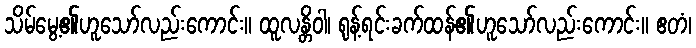
သိမ်မွေ့၏ဟူသော်လည်းကောင်း။ ထူလန္တိဝါ၊ ရုန့်ရင်းခက်ထန်၏ဟူသော်လည်းကောင်း။ ဧတံ၊